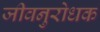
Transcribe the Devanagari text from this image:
जीवनुरोधक